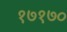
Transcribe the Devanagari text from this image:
१७१७०